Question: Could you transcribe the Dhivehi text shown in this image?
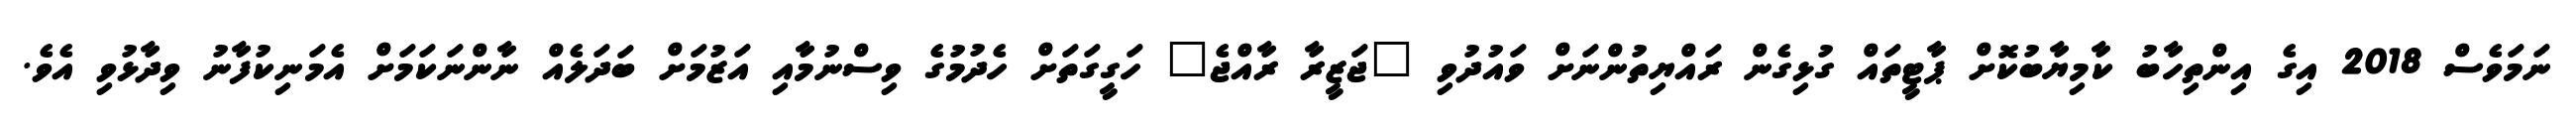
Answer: ނަމަވެސް 2018 އިގެ އިންތިހާބު ކާމިޔާބުކޮށް ޕާޓީތައް ގުޅިގެން ރައްޔިތުންނަށް ވައުދުވި "ޖަޒީރާ ރާއްޖެ" ހަގީގަތަށް ހެދުމުގެ ވިސްނުމާއި އަޒުމަށް ބަދަލެއް ނާންނަކަމަށް އެމަނިކުފާނު ވިދާޅުވި އެވެ.